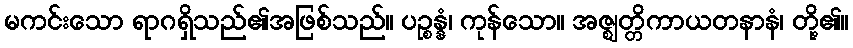
မကင်းသော ရာဂရှိသည်၏အဖြစ်သည်။ ပဉ္စန္နံ၊ ကုန်သော။ အဇ္ဈတ္တိကာယတနာနံ၊ တို့၏။